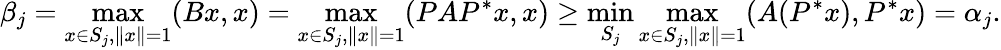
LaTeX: \beta_{j}=\operatorname*{max}_{x\in S_{j},\| x\| =1}(Bx,x)=\operatorname*{max}_{x\in S_{j},\| x\| =1}(PAP^{*}x,x)\geq\operatorname*{min}_{S_{j}}\operatorname*{max}_{x\in S_{j},\| x\| =1}(A(P^{*}x),P^{*}x)=\alpha_{j}.